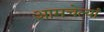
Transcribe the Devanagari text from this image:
आमचेत्यां